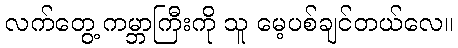
လက်တွေ့ ကမ္ဘာကြီးကို သူ မေ့ပစ်ချင်တယ်လေ။